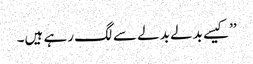
’’کیسے بدلے بدلے سے لگ رہے ہیں۔